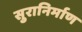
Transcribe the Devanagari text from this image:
सुरानिर्माण